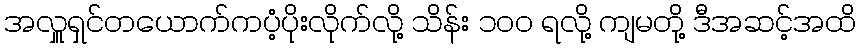
အလှူရှင်တယောက်ကပံ့ပိုးလိုက်လို့ သိန်း ၁၀၀ ရလို့ ကျမတို့ ဒီအဆင့်အထိ